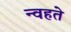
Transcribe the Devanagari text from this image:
न्वहते